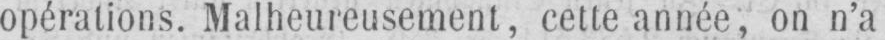
opérations. Malheureusement, cette année, on n’a